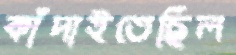
কাঁদাইতেছিল